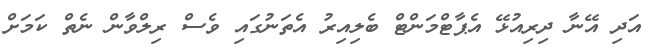
އަދި އޭނާ ދިރިއުޅޭ އެޕާޓްމަންޓް ބެލިއިރު އެތަނުގައި ވެސް ރިލްވާން ނެތް ކަމަށް